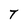
Character: T